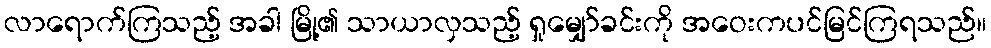
လာရောက်ကြသည့် အခါ မြို့၏ သာယာလှသည့် ရှုမျှော်ခင်းကို အဝေးကပင်မြင်ကြရသည်။